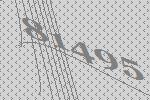
81495